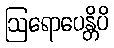
ဩရောပေန္တိပိ